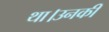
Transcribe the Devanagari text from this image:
था।उनकी